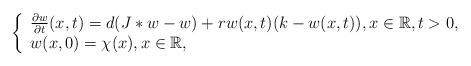
LaTeX: \begin{align*}\left\{\begin{array}{l}{\frac{\partial w}{\partial t}(x, t)=d(J\ast w-w)+rw(x,t)(k-w(x,t)),x\in\mathbb{R},t>0,} \\{w(x,0)=\chi(x),x\in\mathbb{R},}\end{array}\right.\end{align*}